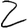
Digit: 2